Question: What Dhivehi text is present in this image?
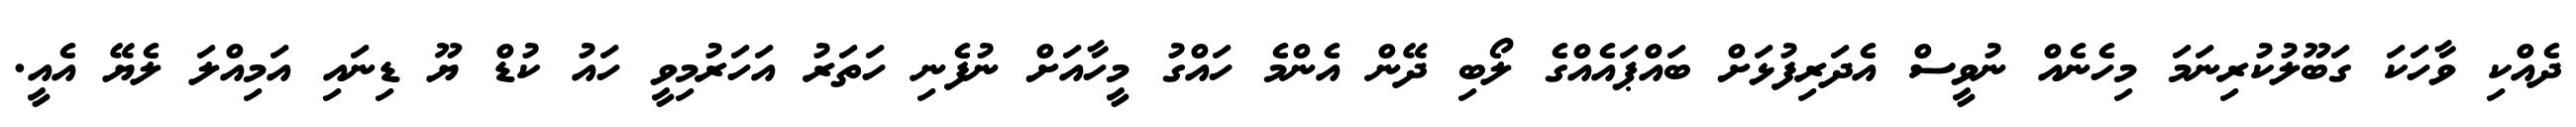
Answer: ދެއްކި ވާހަކަ ގަބޫލުކުރިނަމަ މިހެނެއް ނުވީސް އެދަރިފުޅަށް ބައްޕައެއްގެ ލޯބި ދޭން އެންމެ ހައްގު މީހާއަށް ނުފެނި ހަތަރު އަހަރުމިވީ ހައު ކުޑް ޔޫ ޑިނައި އަމިއްލަ ލެޔޭ އެއީ.